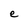
Character: e